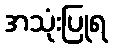
အသုံးပြုရ